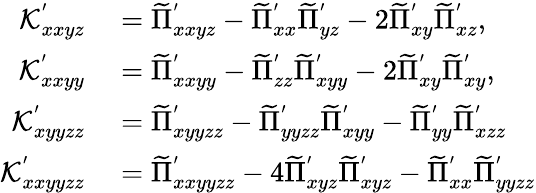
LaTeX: \begin{array}{rl}{\mathcal{K}_{xxyz}^{'}}&{{}=\widetilde{\Pi}_{xxyz}^{'}-\widetilde{\Pi}_{xx}^{'}\widetilde{\Pi}_{yz}^{'}-2\widetilde{\Pi}_{xy}^{'}\widetilde{\Pi}_{xz}^{'},}\\ {\mathcal{K}_{xxyy}^{'}}&{{}=\widetilde{\Pi}_{xxyy}^{'}-\widetilde{\Pi}_{zz}^{'}\widetilde{\Pi}_{xyy}^{'}-2\widetilde{\Pi}_{xy}^{'}\widetilde{\Pi}_{xy}^{'},}\\ {\mathcal{K}_{xyyzz}^{'}}&{{}=\widetilde{\Pi}_{xyyzz}^{'}-\widetilde{\Pi}_{yyzz}^{'}\widetilde{\Pi}_{xyy}^{'}-\widetilde{\Pi}_{yy}^{'}\widetilde{\Pi}_{xzz}^{'}}\\ {\mathcal{K}_{xxyyzz}^{'}}&{{}=\widetilde{\Pi}_{xxyyzz}^{'}-4\widetilde{\Pi}_{xyz}^{'}\widetilde{\Pi}_{xyz}^{'}-\widetilde{\Pi}_{xx}^{'}\widetilde{\Pi}_{yyzz}^{'}}\end{array}